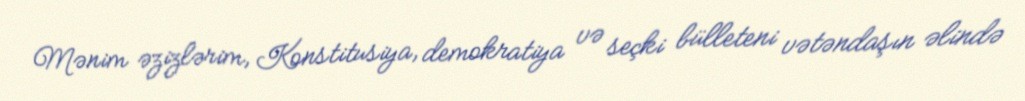
Mənim əzizlərim, Konstitusiya, demokratiya və seçki bülleteni vətəndaşın əlində